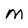
Character: m